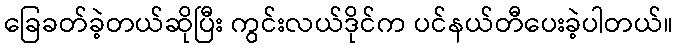
ခြေခတ်ခဲ့တယ်ဆိုပြီး ကွင်းလယ်ဒိုင်က ပင်နယ်တီပေးခဲ့ပါတယ်။